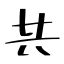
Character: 共